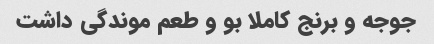
جوجه و برنج کاملا بو و طعم موندگی داشت